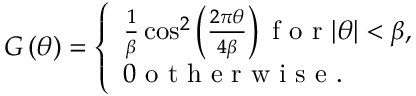
G \left( \theta \right) = \left\{ \begin{array} { l l } { \frac { 1 } { \beta } \cos ^ { 2 } \left( { \frac { 2 \pi \theta } { 4 \beta } } \right) \mathrm { ~ f ~ o ~ r ~ } | \theta | < \beta , } \\ { 0 \mathrm { ~ o ~ t ~ h ~ e ~ r ~ w ~ i ~ s ~ e ~ . ~ } } \end{array} \right.